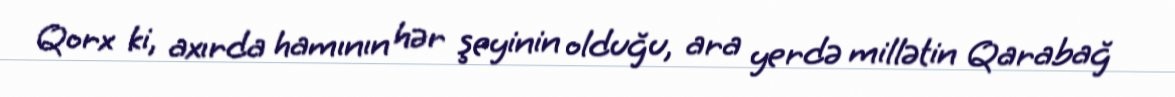
Qorx ki, axırda hamının hər şeyinin olduğu, ara yerdə millətin Qarabağ